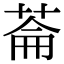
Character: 菕